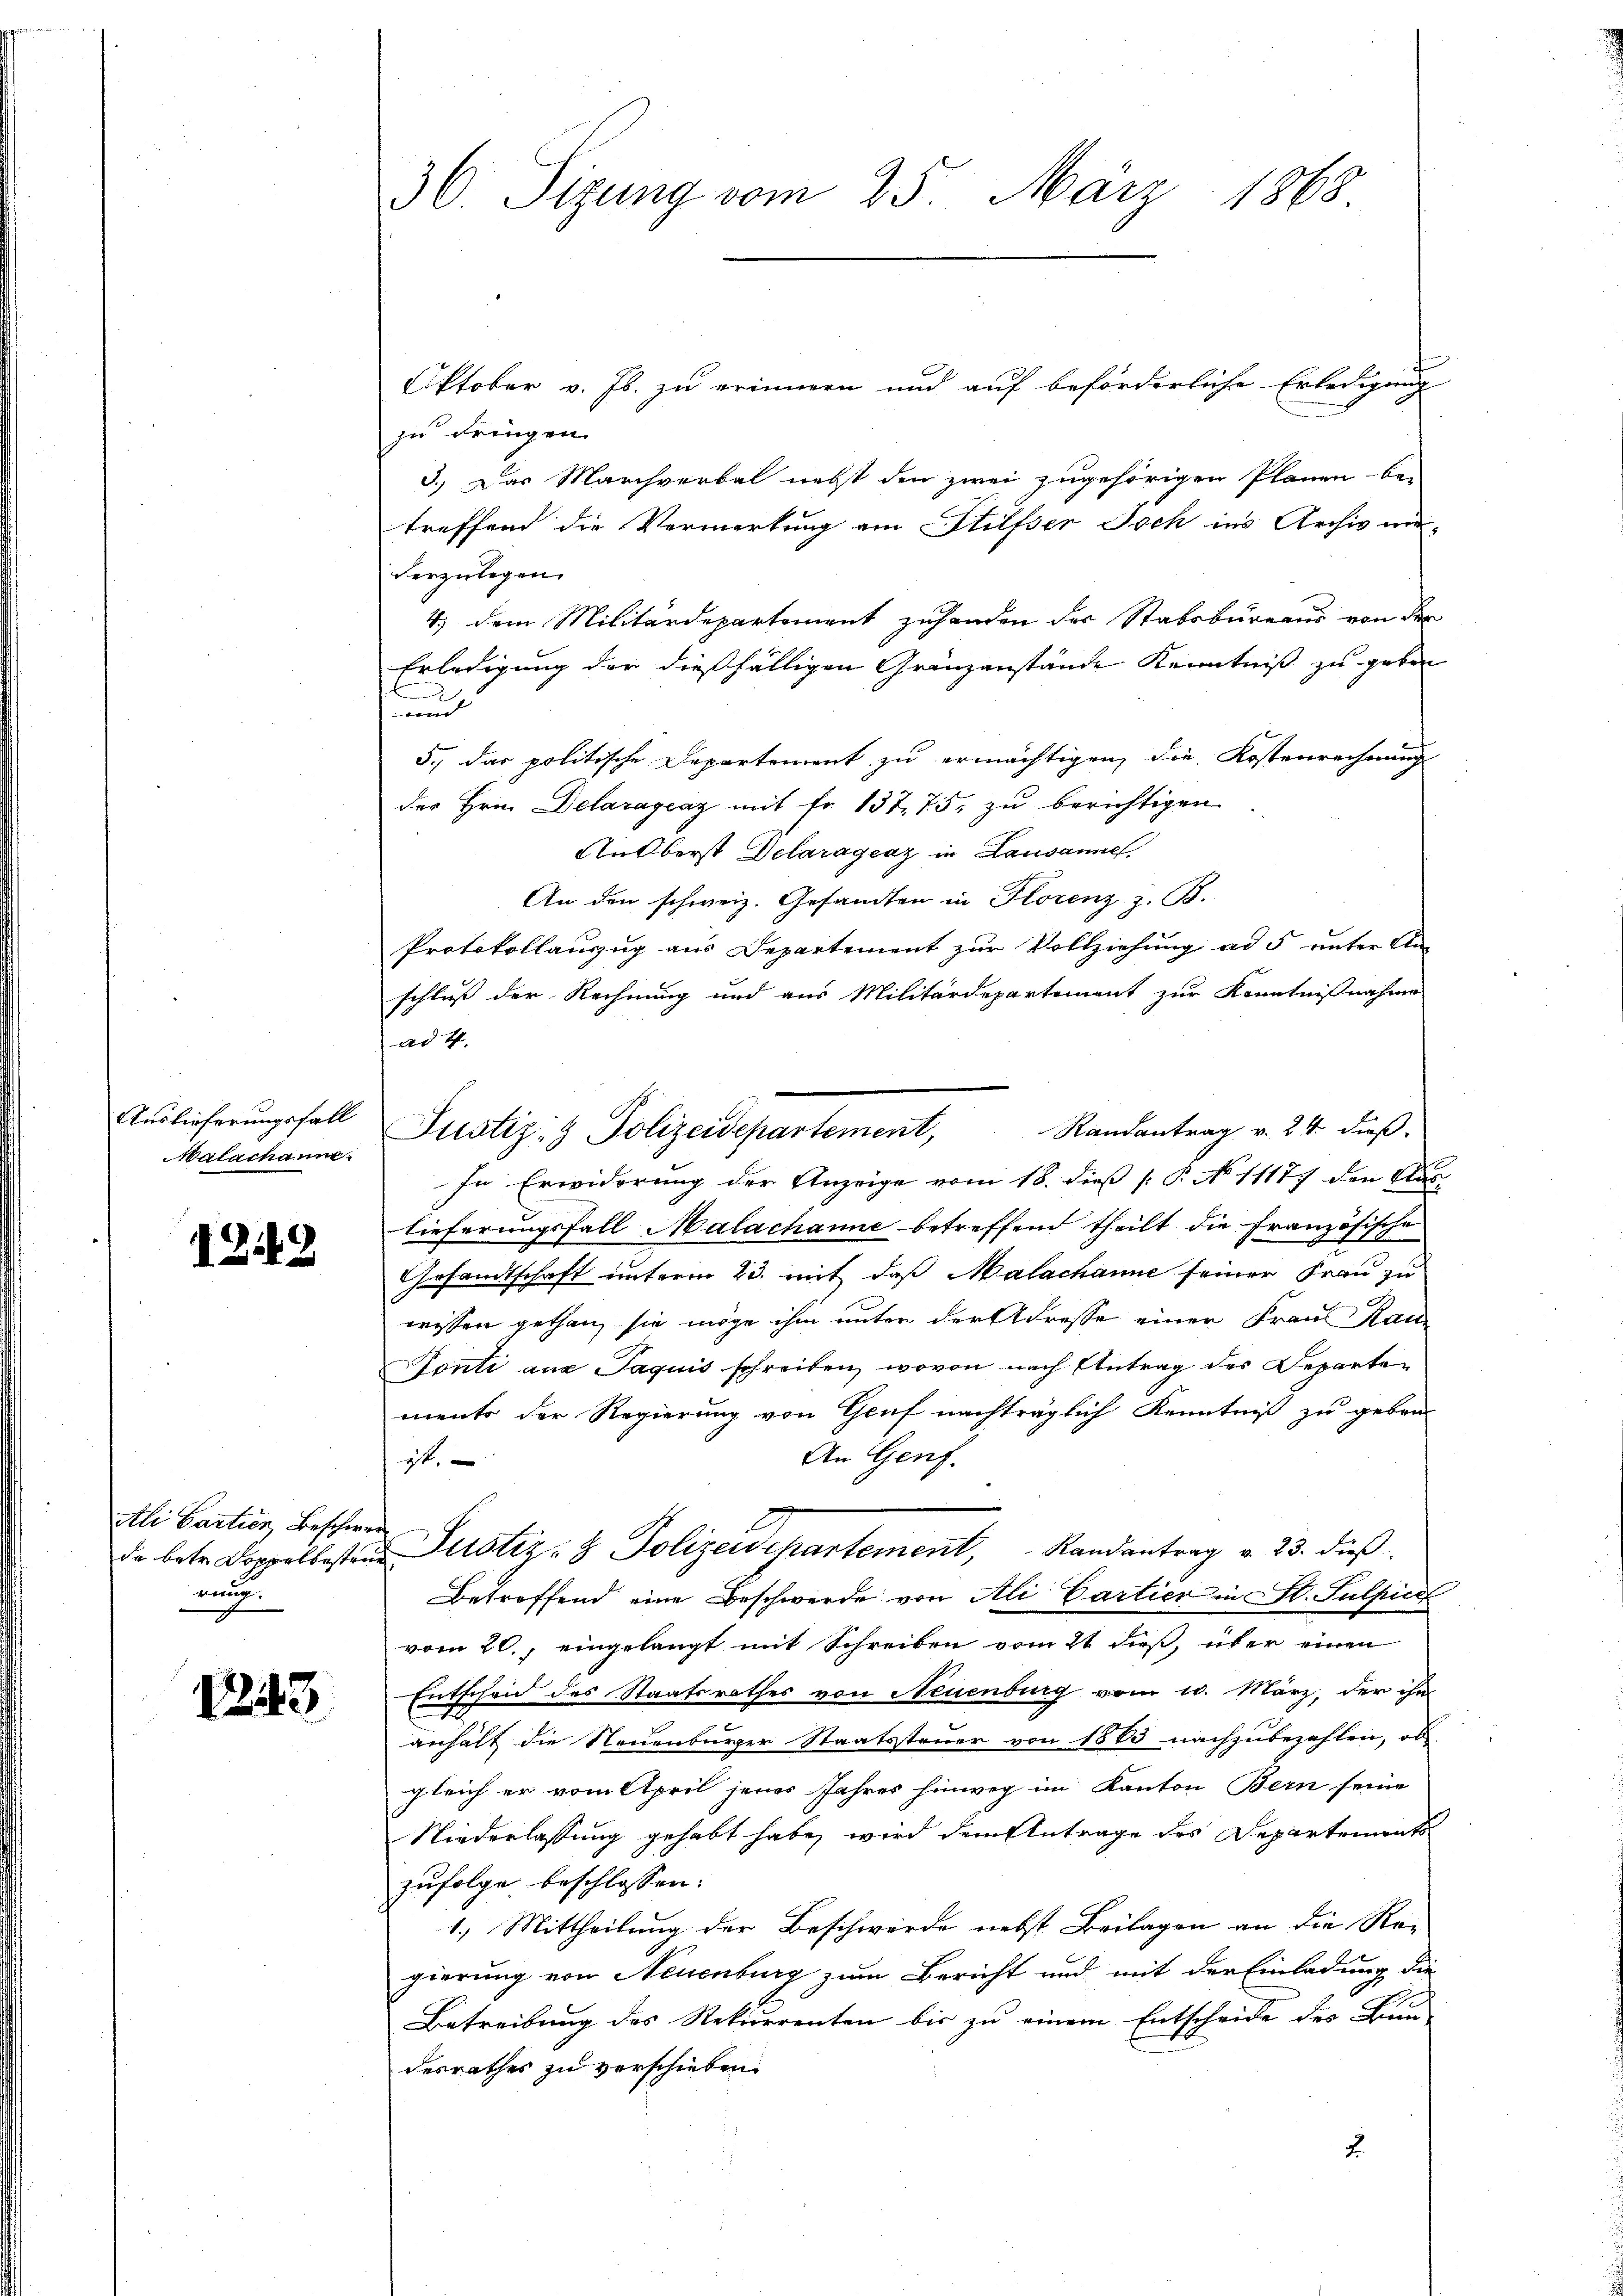
Auslieferungsfall
Malachanne.

1249

Ali Cartien, Beschwe
nung.

1243.

30. Sizung vom 25. März 1868.

Oktober v. Js. zu erinnern und auf beförderliche Erledigung
zu dringen.
3.) Das Marchverbal nebst den zwei zugehörigen Plänen-Ca-
treffend die Vormerkung am Stilfser Joch ins Archiv mi-
verzulegen
4.) dem Militärdepartement zuhanden der Stabsbureaus von der
Erledigung der dießfälligen Gränzanstände Kenntniß zu geben
und
5., das politische Departement zu ermächtigen, die Kostenrechnung
des Hrn. Delaragcaz mit Fr. 13775. zu berichtigen
NOberst Delaragraz in Lausannes
An den schweiz. Gesamten in Horenz z. B.
Protokollauszug aus Departement zur Vollziehung ad 5 unter An-
schluß der Rechnung und aus Militärdepartement zur Kenntnißnahme
ad 4.
Randantrag v. 24. dieß
In Erwiderung der Anzeige vom 18. dieß P. No 11177 den Clas
lieferungsfall Malachanne betreffend theilt die Französische
Gesandtschaft unterm 23. mit daß Malachanne seiner Frau zu
wissen gethan, sie möge ihm unter der Adresse einer Frau Kais
Tonti aus Paquis schreiben, wovon nach Antrag des Departements der Regierung von Genf nachträglich Kenntniß zu geben
An Genf.
gt
.
da betr. Doppelbesten Perstiz- & Polizeidepartement, Randantrag v. 23. dieβ
Betroffend eine Beschwerde von Ali Cartier in St. Sulpice
vom 20., eingelangt mit Schreiben vom 21 dieß, über einen
Entscheid des Staatsrathes von Neuenburg vom 10. März, der ihn
anhalt die Neuenburger Staatssteuer von 1583 nachzubezahlen, ob
gleich er vom April jenes Jahres hinweg im Kanton Bern seine
Niederlassung gehabt habe, wird dem Antrage des Departenants
zufolge beschlossen: |
1.) Mittheilung der Beschwerde nebst Beilagen an die Re-
gierung von Neuenburg zum Bericht und mit der Einladung die
.
Betreibung des Rekurrenten bis zu einem Entscheide des Bau-
desrathes zu verschieben.
2.

Justiz- & Polizeidepartement,